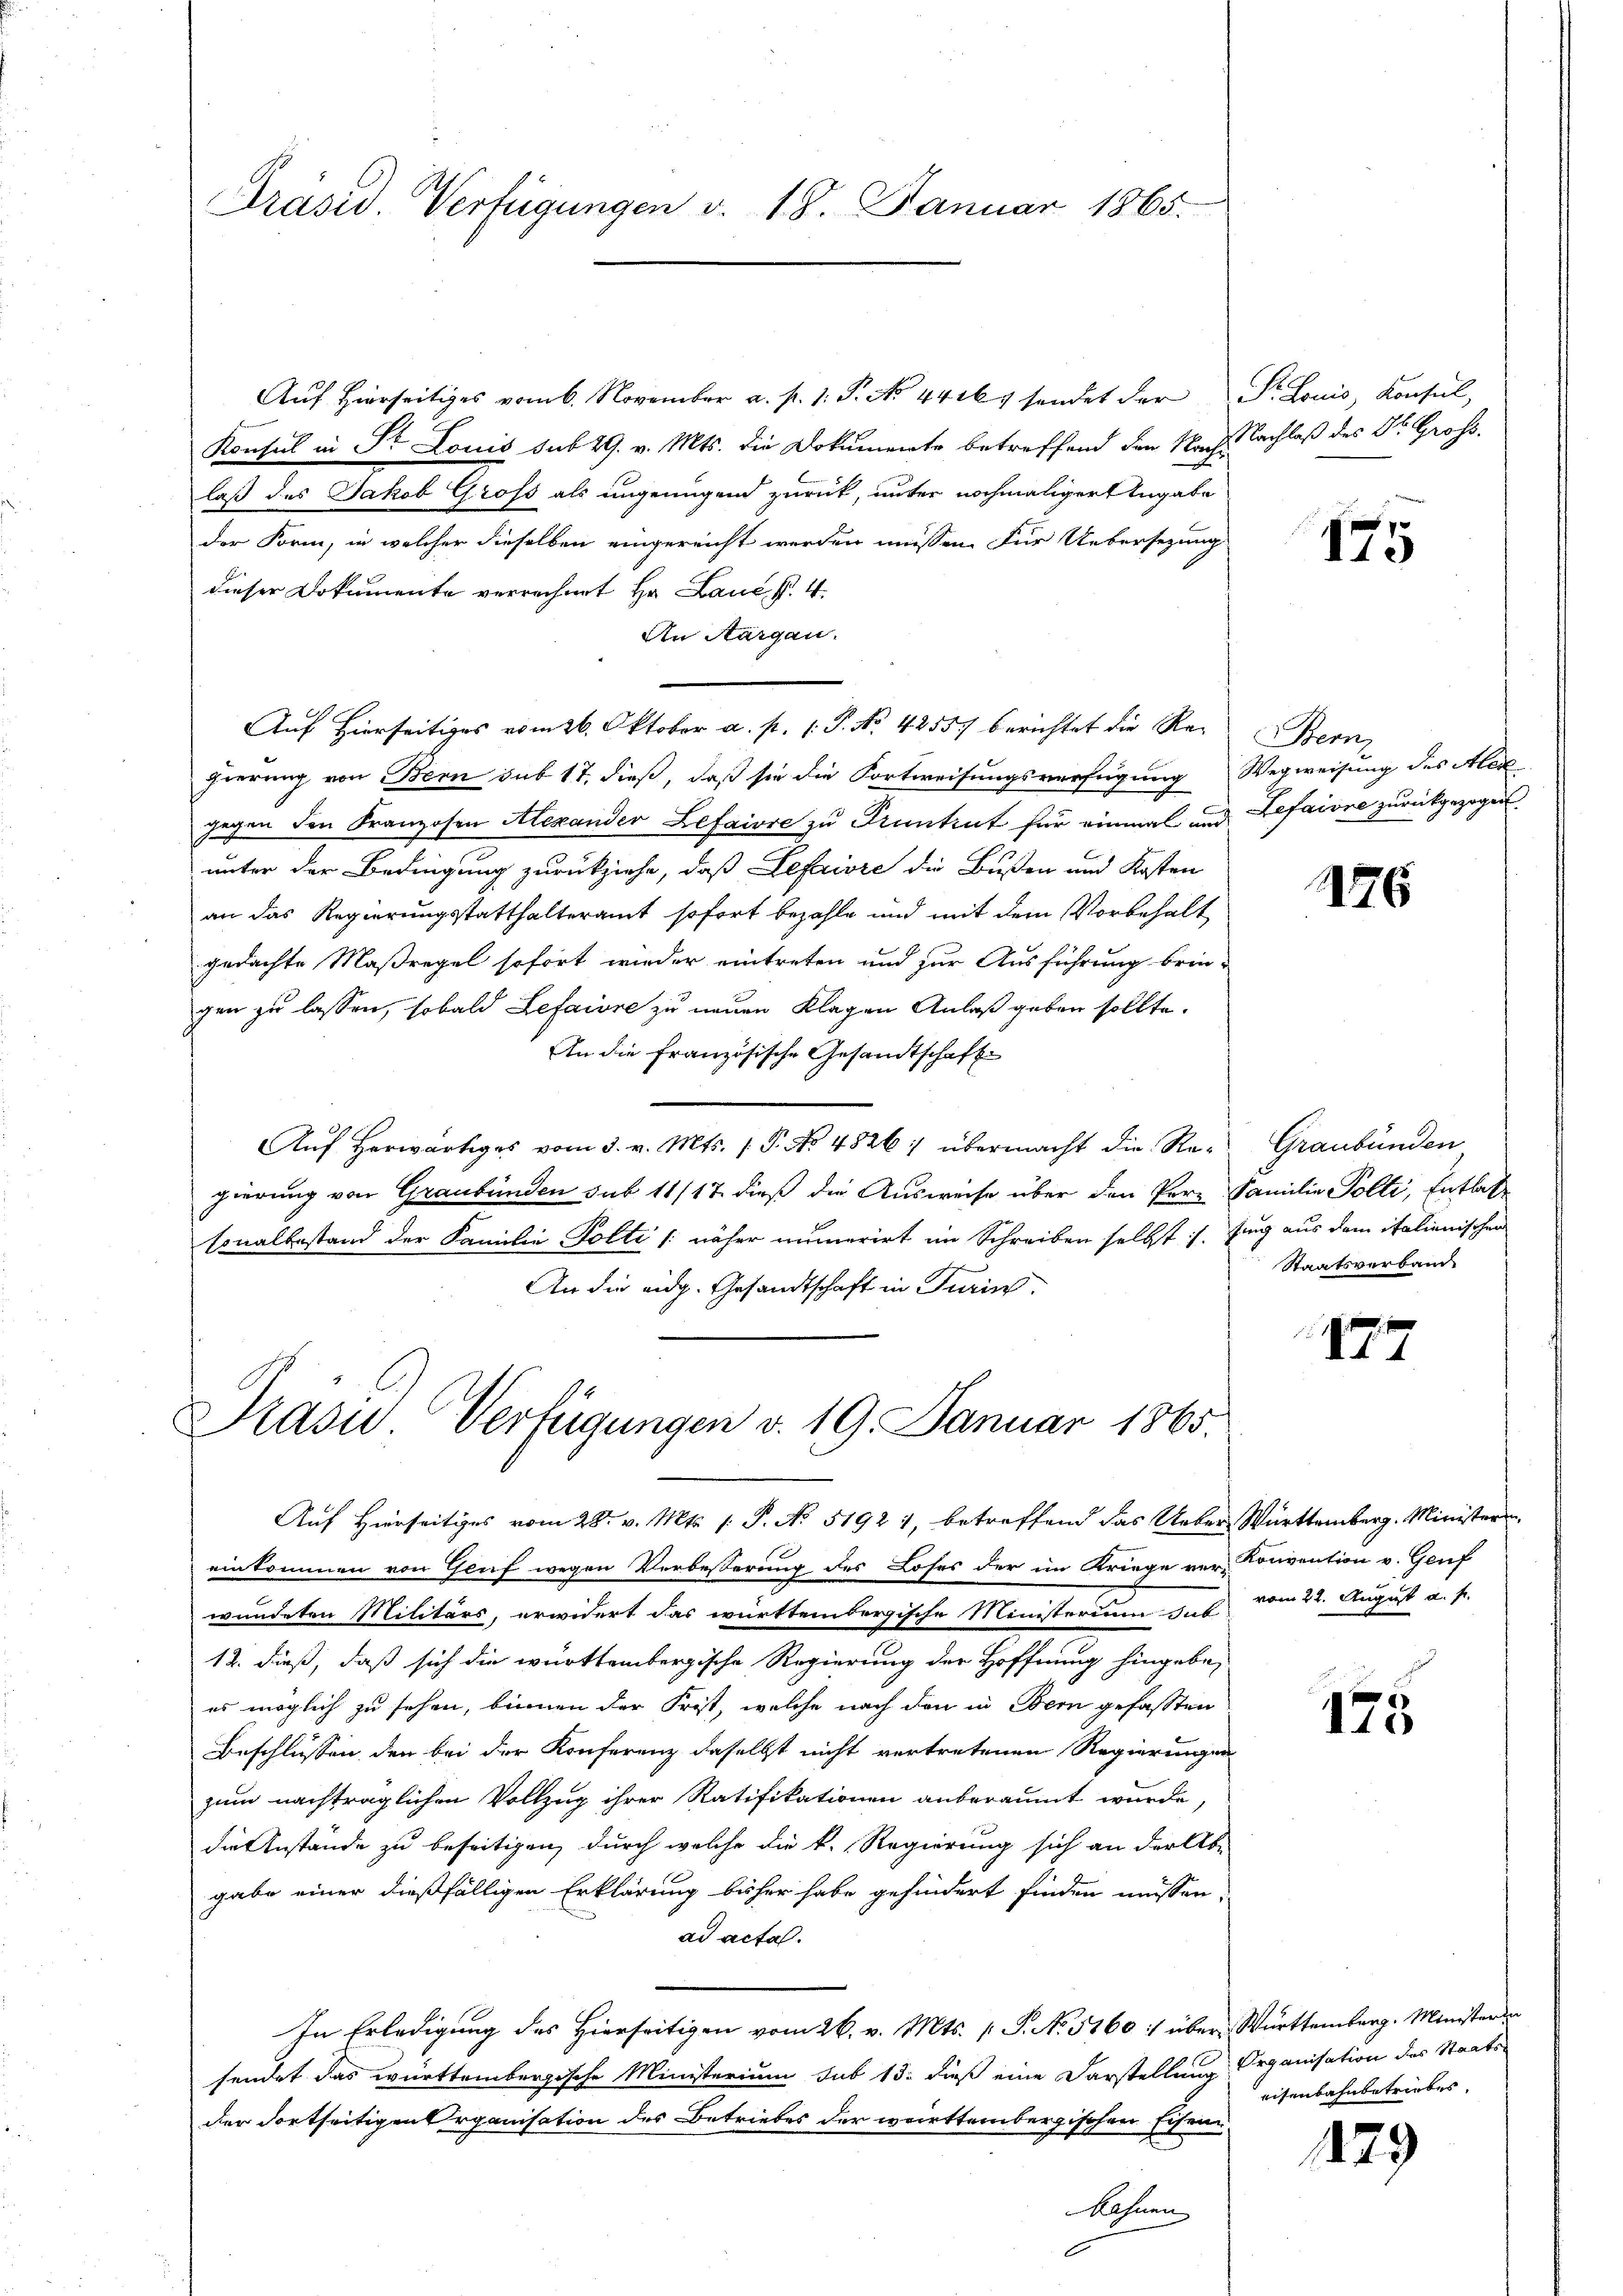
Präsid. Verfügungen v. 18. Januar 1865.

Aŭf Hierseitiges vom 6. November a. p. 1. P. No. 4416. sendet der Fr. Louis, Konsul,
Konsul in Dr Louis sub 29. v. Mts. die Dokumente betreffend den Nach-
laß des Jakob Groß als ungenügend zurück, unter nochmaligertengabe
der Form, in welcher dieselben eingereicht werden müssen. Für Uebersezung
dieser Dokumente verrechnet Hr. Laue, S. 4
An Aargau.
gierung von Bern sub 17, dieß, daß sie die Fortweisungsverfügung Wegweisung des Alex
gegen den Franzosen Alexander Lefaire zu Pruntrut für einmal und Befaivre zurückgezogen.
unter der Bedingung zurückziehe, daß Leferiore die Bußen und Kosten
an das Regierungsstatthalteramt sofort bezahle und mit dem Vorbehalt
gedachte Maßregel sofort wieder eintreten und zur Ausführung brin-
gen zu lassen, sobald Lefaire zu neuen Klagen Anlaß geben sollte.
An die Französische Gesandtschaft
Auf herwärtiges vom 3. v. Mts. (T. No. 4826: übermacht die Regierung von Graubünden sub 11/17 dieß die Ausweise über den Pere Familie Polte, Entlas
sonalbestand der Familie Polti /: näher numerirt im Schreiben selbst s. Zug aus dem italienischen
An die eidg. Gesandtschaft in Turin

Auf Hierseitiges vom 26. Oktober a. p. 1. P. No. 4255) berichtet die Re-Bern

Prasis. Verfügungen d. 19. Januar 1865.

NNachlaß des Dr. Gross.

Auf Hierseitiges vom 28. v. Mts. 1. P. No 51921, betreffend das Ueber Württemberg. Ministeren
einkommen von Genf wegen Verbesserung des Loses der im Kriege ver-Convention v. Genf
wundeten Militärs, erwidert das württembergische Ministerium das vom 22. August a. p.
12. dieß, daß sich die württembergische Regierung der Hoffnung hingebe,
es möglich zu sehen, binnen der Frist, welche nach den in Bern gefassten
Beschlüssen, den bei der Konferenz daselbst nicht vertretenen Regierungen
zum nachträglichen Vollzug ihrer Ratifikationen anberaumt wurde,
die Anstände zu beseitigen, durch welche die k. Regierung sich an der Ab-
gabe einer dießfälligen Erklärung bisher habe gehindert finden müssen,
ad acta.
In Erledigung des Hierseitigen vom 26. v. Mts. 1 S. No. 5160 :/ über Württemberg. Ministerin
sendet das württembergische Ministerium sub 13. dieß eine Darstellung Organisation des Staats-
der dortseitigen Organisation des Betriebes der württembergischen Eisen
bahnen

175

176

Graubünden
Staatsverband.

1

175

eisenbahnbetriebes.

429